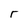
Character: r